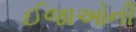
ઈજાઓની